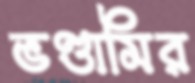
ভণ্ডামির